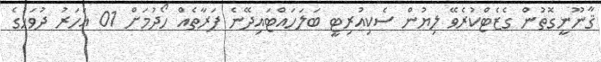
ޤާނޫނީގޮތުން ގެޒެޓްކުރެވޭ ލިޔުން ސެކިއުރިޓީ ބަލަހައްޓައިދޭނެ ފަރާތެއް ހޯދުމަށް 01 އަހަރު ދުވަހުގެ